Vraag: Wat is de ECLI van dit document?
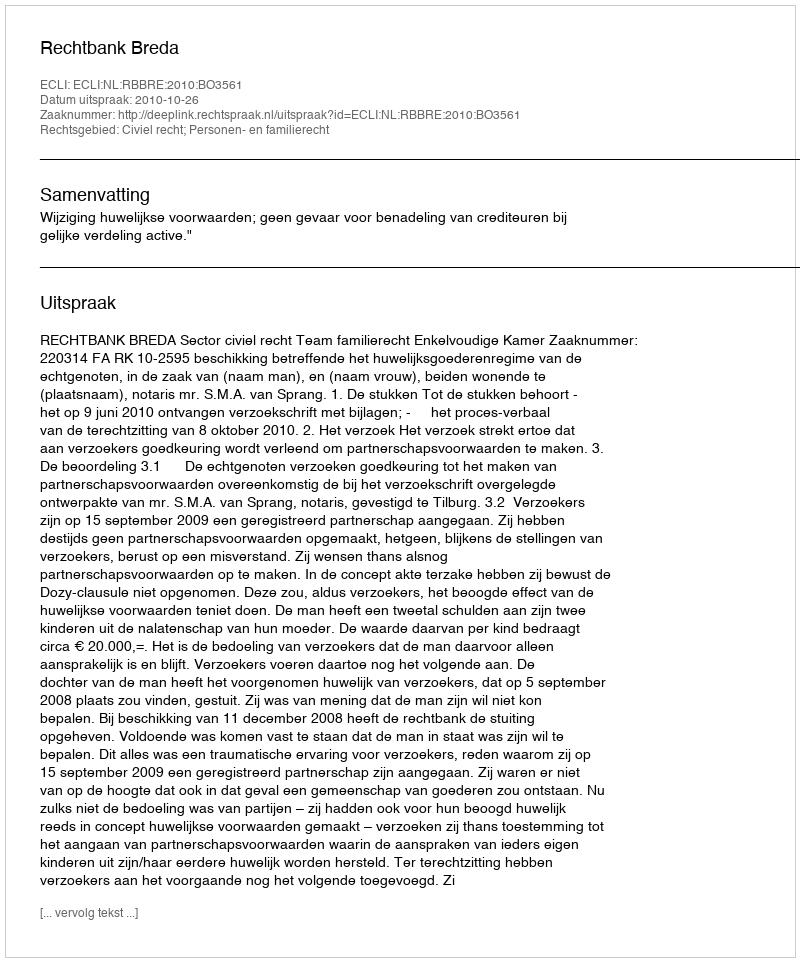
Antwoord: ECLI:NL:RBBRE:2010:BO3561